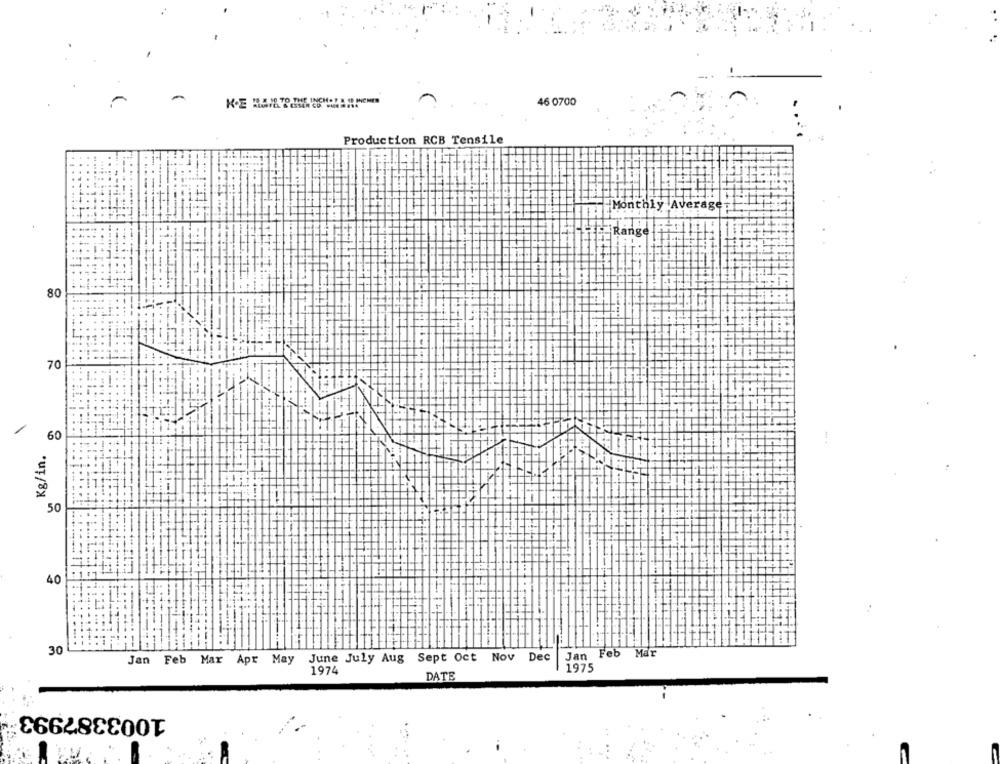
46 0700
Production RCB Tensile
Monthly Average
Range
80
70
60
Kg/in.
50
40
30
Jan Feb Mar Apr May June July Aug Sept Oct Nov Dec
Jan Feb Mar
1974
1975
DATE
1003387993